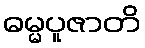
ဓမ္မပူဇာတိ